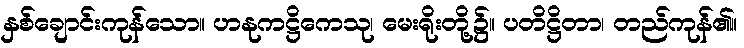
နှစ်ချောင်းကုန်သော။ ဟနုကဋ္ဌိကေသု၊ မေးရိုးတို့၌။ ပတိဋ္ဌိတာ၊ တည်ကုန်၏။